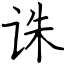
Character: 诛